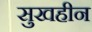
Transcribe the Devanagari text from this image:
सुखहीन